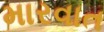
મારવાત